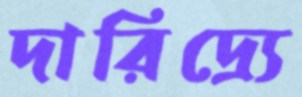
দারিদ্র্যে